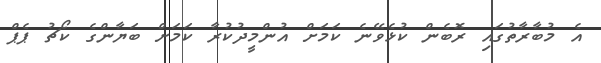
އެ މުބާރާތުގައި ރޮބެން ކުޅެވޭނެ ކަމަށް އުންމީދުކުރާ ކަމަށް ބަޔާންގެ ކޯޗު ޕެޕް